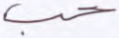
حب